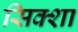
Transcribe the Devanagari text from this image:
सिक्शा